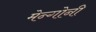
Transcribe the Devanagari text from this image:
मेन्गोनी